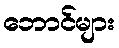
ဘောင်များ